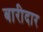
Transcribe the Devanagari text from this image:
बारीदार